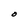
Character: O